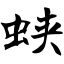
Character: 蛱